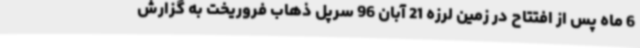
6 ماه پس از افتتاح در زمین لرزه 21 آبان 96 سرپل ذهاب فروریخت به گزارش